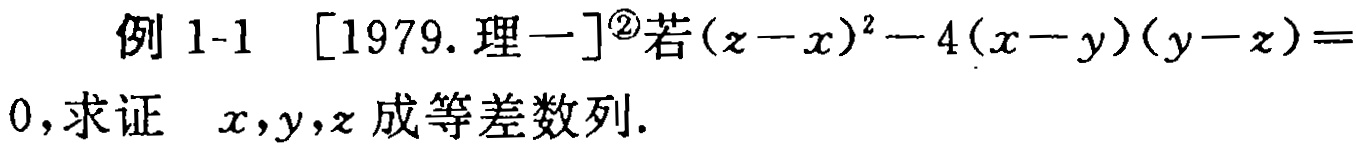
例 1-1 [1979. 理一]\textsuperscript{\textcircled{2}}若\((z - x)^{2}-4(x - y)(y - z)=0\), 求证 \(x,y,z\) 成等差数列.